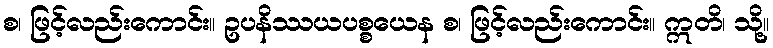
စ၊ ဖြင့်လည်းကောင်း။ ဥပနိဿယပစ္စယေန စ၊ ဖြင့်လည်းကောင်း။ ဣတိ၊ သို့။